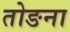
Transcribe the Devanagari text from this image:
तोङना